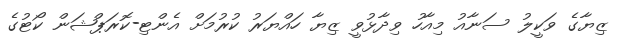
ޒިޔާގެ ވަކީލު ސަނާއު މިއާހު ވިދާޅުވީ ޒިޔާ ހައްޔަރު ކުުރުމަށް އެންޓި-ކޮރަޕްޝަން ކޯޓުގެ